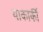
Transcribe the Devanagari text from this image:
याकार्की